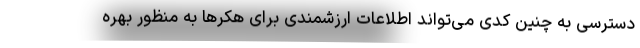
دسترسی به چنین کدی می‌تواند اطلاعات ارزشمندی برای هکرها به منظور بهره